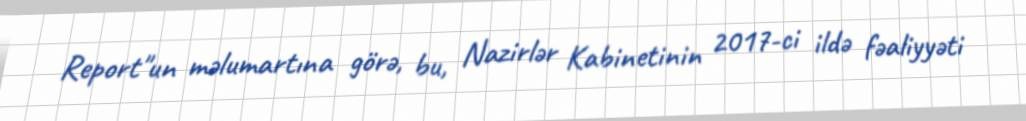
Report"un məlumartına görə, bu, Nazirlər Kabinetinin 2017-ci ildə fəaliyyəti